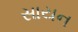
સાયન